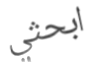
ابحثي